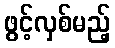
ဖွင့်လှစ်မည့်